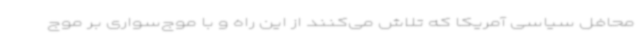
محافل سیاسی آمریکا که تلاش می‌کنند از این راه و با موج‌سواری بر موج